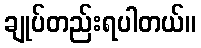
ချုပ်တည်းရပါတယ်။